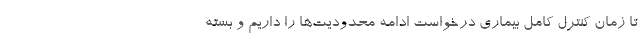
تا زمان کنترل کامل بیماری درخواست ادامه محدودیت‌ها را داریم و بسته